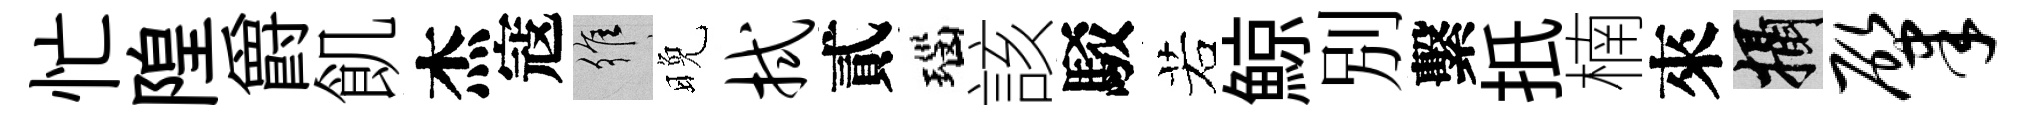
忙隍爵飢杰寇維晚拭貳瑙該駁若鯨別繫扺楠來攝肇